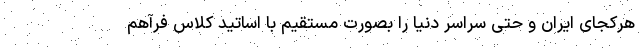
هرکجای ایران و حتی سراسر دنیا را بصورت مستقیم با اساتید کلاس فرآهم